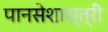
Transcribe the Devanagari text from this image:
पानसेशास्त्री